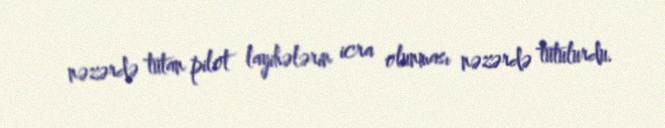
nəzərdə tutan pilot layihələrin icra olunması nəzərdə tutulurdu.